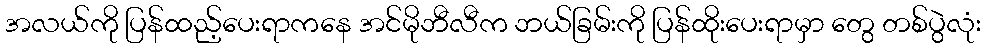
အလယ်ကို ပြန်ထည့်ပေးရာကနေ အင်မိုဘီလီက ဘယ်ခြမ်းကို ပြန်ထိုးပေးရာမှာ တွေ တစ်ပွဲလုံး